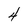
Character: 4